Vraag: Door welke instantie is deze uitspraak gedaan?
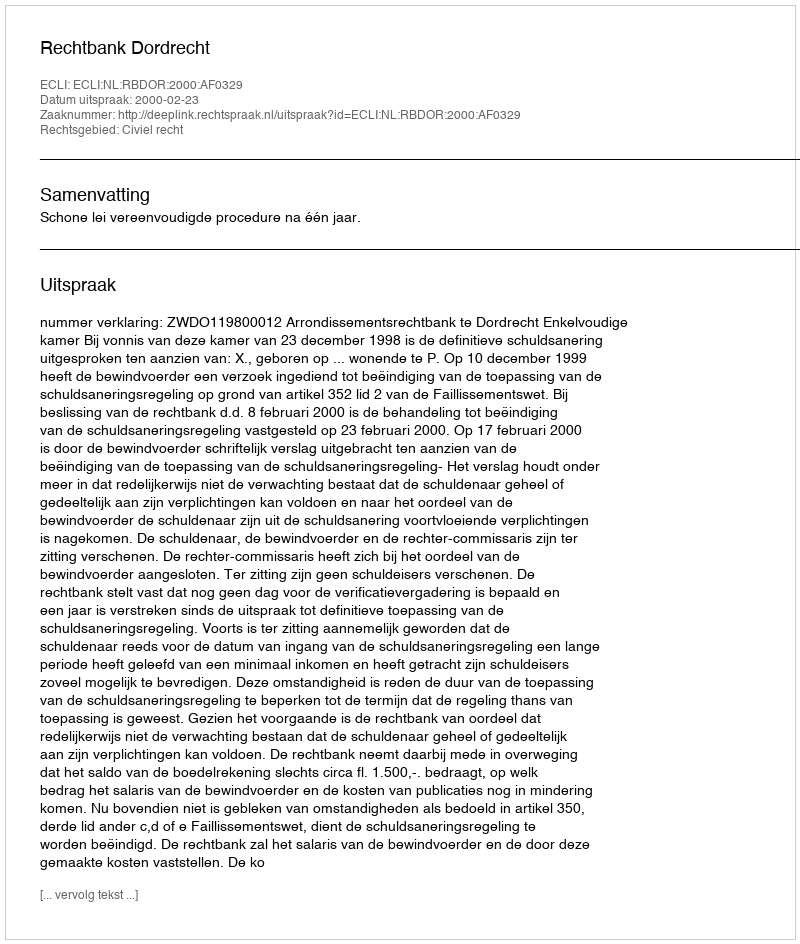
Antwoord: Rechtbank Dordrecht